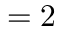
{ \it \Delta \phi } = 2 { \it \Delta \Psi }